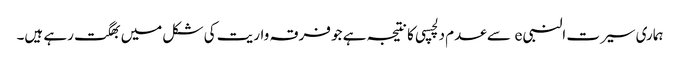
ہماری سیرت النبی e سے عدم دلچسپی کا نتیجہ ہے جو فرقہ واریت کی شکل میں بھگت رہے ہیں۔